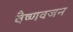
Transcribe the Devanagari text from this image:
वैष्णवजन